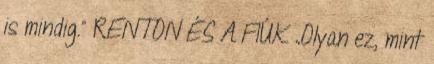
is mindig.” RENTON ÉS A FIÚK „Olyan ez, mint